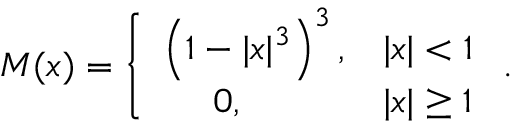
M ( x ) = \left\{ \begin{array} { l l } { \left( 1 - | x | ^ { 3 } \right) ^ { 3 } , } & { | x | < 1 } \\ { ~ ~ ~ ~ 0 , } & { | x | \ge 1 } \end{array} \right. .